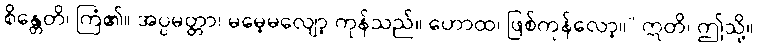
စိန္တေတိ၊ ကြံ၏။ အပ္ပမတ္တာ၊ မမေ့မလျော့ ကုန်သည်။ ဟောထ၊ ဖြစ်ကုန်လော့။” ဣတိ၊ ဤသို့။